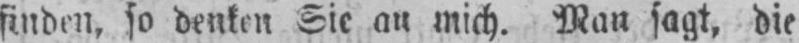
finden, so denken Sie an mich. Man sagt, die